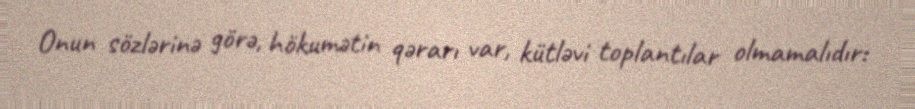
Onun sözlərinə görə, hökumətin qərarı var, kütləvi toplantılar olmamalıdır: